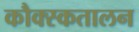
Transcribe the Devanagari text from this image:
कौक्स्कतालन